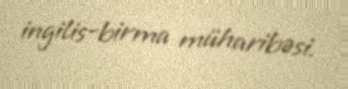
ingilis-birma müharibəsi.